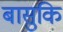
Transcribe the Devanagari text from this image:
बासुकि